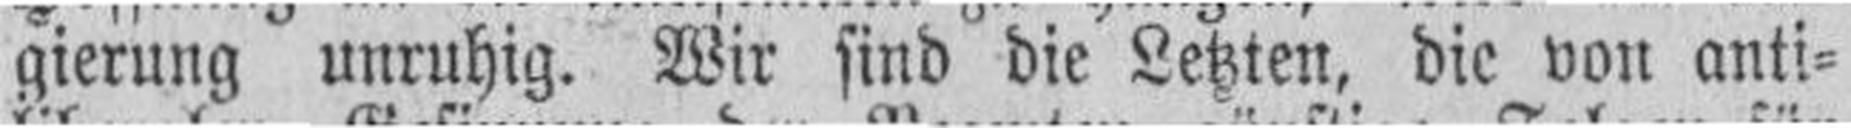
gierung unruhig. Wir sind die Letzten, die von anti¬